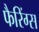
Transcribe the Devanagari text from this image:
फैरिंग्स